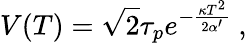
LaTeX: V(T)=\sqrt{2}\tau_{p}e^{-{\frac{\kappa T^{2}}{2\alpha^{\prime}}}}\ ,